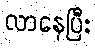
လာနေပြီး